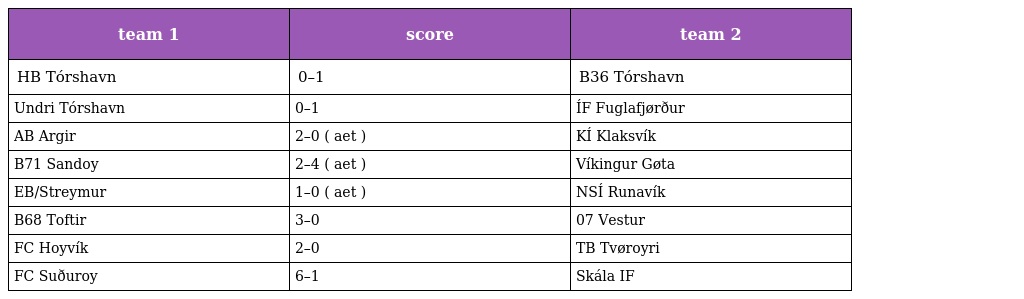
| team 1 | score | team 2 |
 | --- | --- | --- |
 | HB Tórshavn | 0–1 | B36 Tórshavn |
 | Undri Tórshavn | 0–1 | ÍF Fuglafjørður |
 | AB Argir | 2–0 ( aet ) | KÍ Klaksvík |
 | B71 Sandoy | 2–4 ( aet ) | Víkingur Gøta |
 | EB/Streymur | 1–0 ( aet ) | NSÍ Runavík |
 | B68 Toftir | 3–0 | 07 Vestur |
 | FC Hoyvík | 2–0 | TB Tvøroyri |
 | FC Suðuroy | 6–1 | Skála IF |